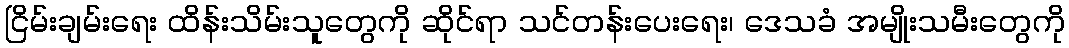
ငြိမ်းချမ်းရေး ထိန်းသိမ်းသူတွေကို ဆိုင်ရာ သင်တန်းပေးရေး၊ ဒေသခံ အမျိုးသမီးတွေကို